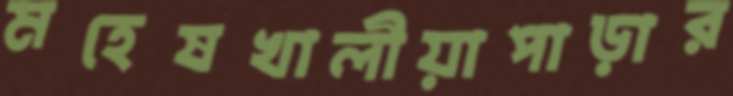
মহেষখালীয়াপাড়ার